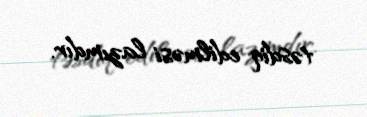
təsdiq edilməsi lazımdır.